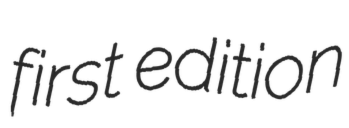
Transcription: first edition